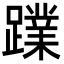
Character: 𮜙